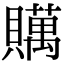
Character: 贎